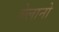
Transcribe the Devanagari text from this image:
वेलानो